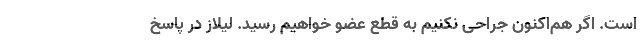
است. اگر هم‌اکنون جراحی نکنیم به قطع عضو خواهیم رسید. لیلاز در پاسخ